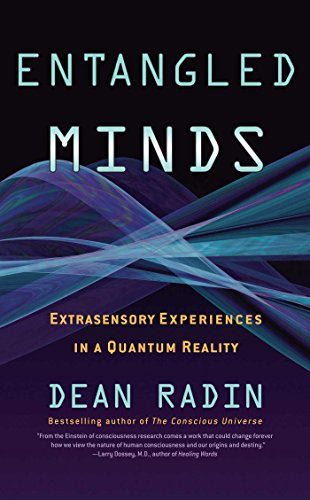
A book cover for Entangled Minds: Extrasensory Experiences in a Quantum Reality; Dean Radin Ph.D.; Religion & Spirituality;